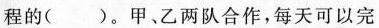
程的( )。甲、乙两队合作，每天可以完